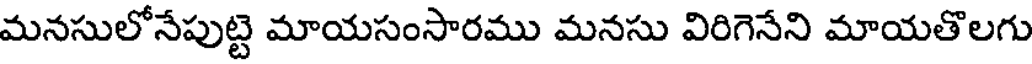
మనసులోనేపుట్టె మాయసంసారము మనసు విరిగెనేని మాయతొలగు